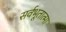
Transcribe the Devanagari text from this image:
सर्वभूतात्मा